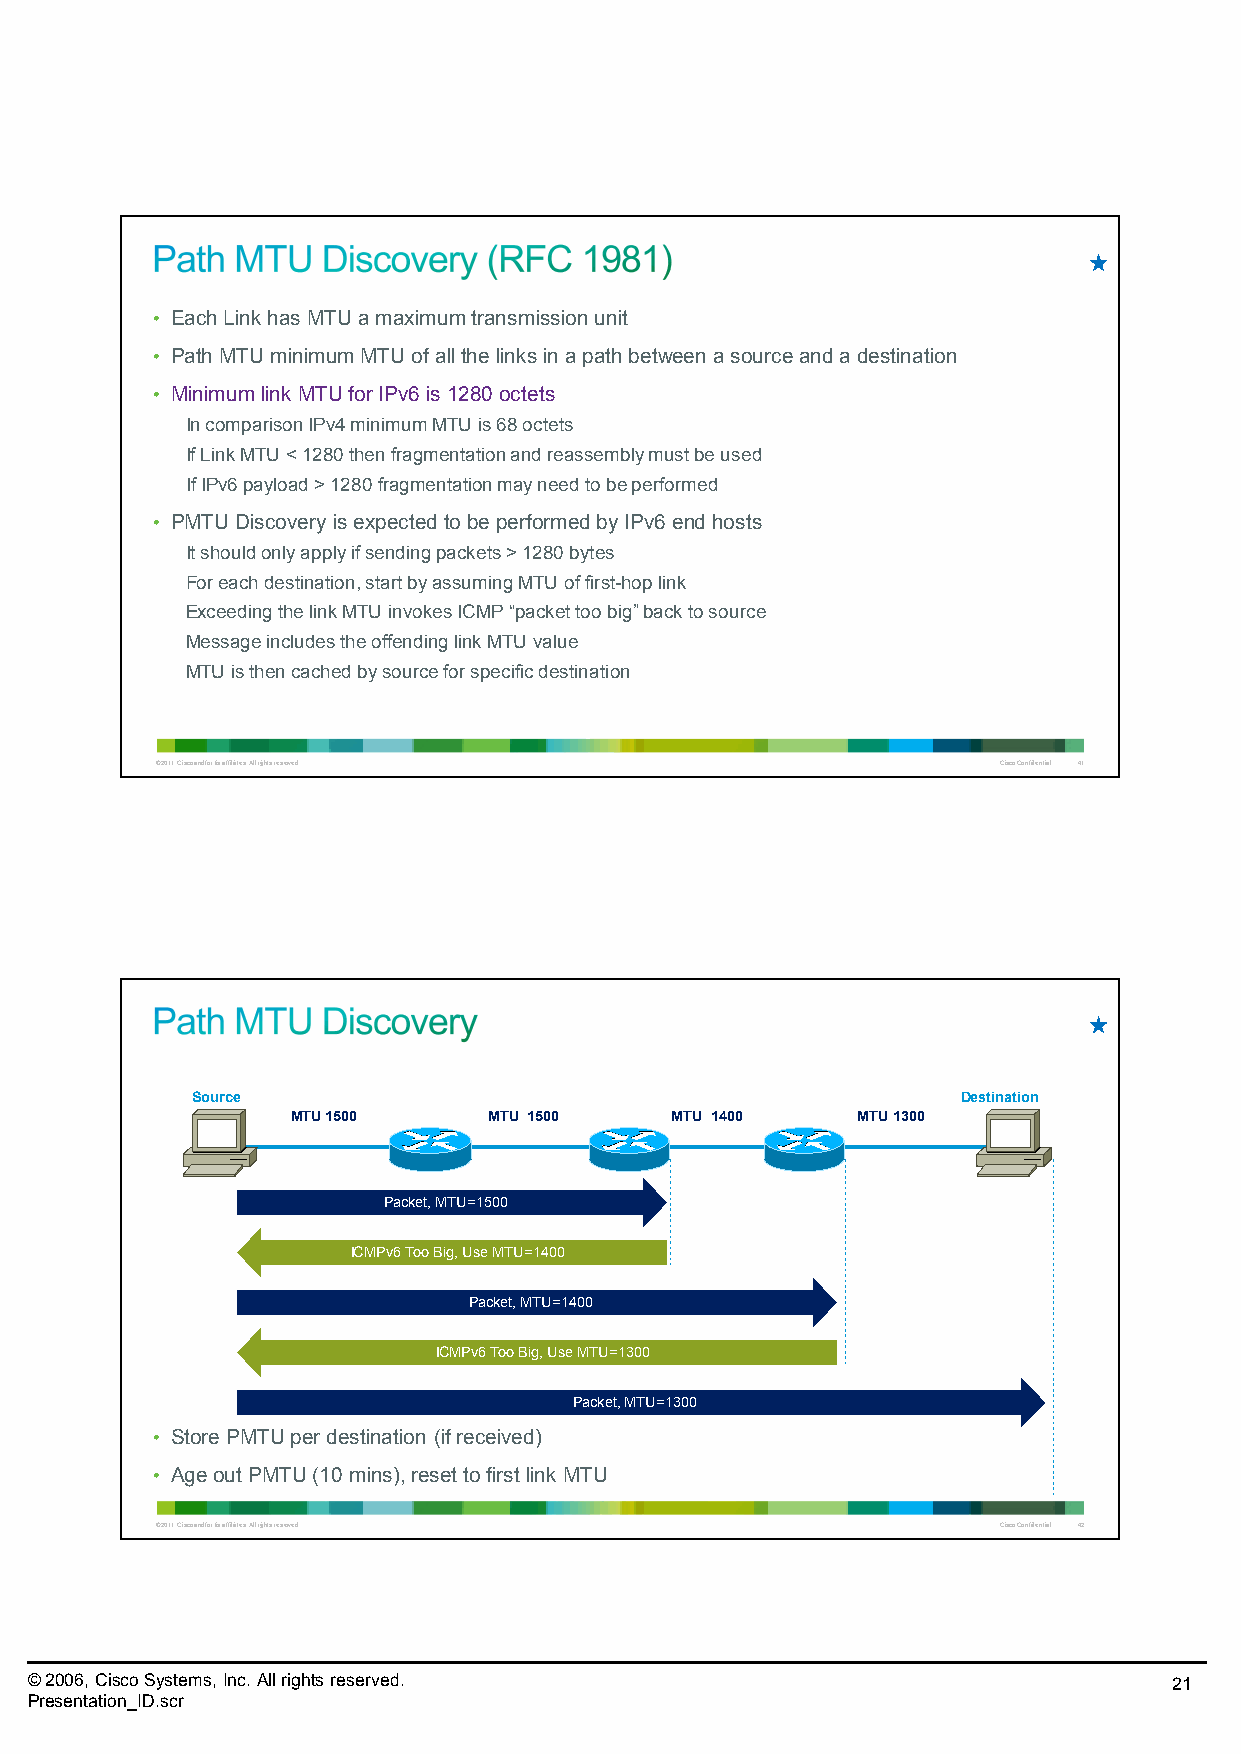
• Each Link has MTU a maximum transmission unit
 • Path MTU minimum MTU of all the links in a path between a source and a destination
 • Minimum link MTU for IPv6 is 1280 octets
 In comparison IPv4 minimum MTU is 68 octets
 If Link MTU < 1280 then fragmentation and reassembly must be used
 If IPv6 payload > 1280 fragmentation may need to be performed
 • PMTUDiscovery is expected to be performed by IPv6 end hosts
 It should only apply if sending packets > 1280 bytes
 For each destination, start by assuming MTU of first-hop link
 Exceeding the link MTU invokes ICMP“packet too big” back to source
 Message includes the offending link MTU value
 MTU is then cached by source for specific destination
 © 2011 Cisco and/or its affiliates. All rights reserved. Cisco Confidential 41
 Source                                             Destination
 MTU 1500     MTU 1500    MTU 1400     MTU 1300
 Packet, MTU=1500
 ICMPv6Too Big, UseMTU=1400
 Packet, MTU=1400
 ICMPv6Too Big, UseMTU=1300
 Packet, MTU=1300
 • Store PMTUper destination (if received)
 • Age out PMTU(10 mins), reset to first link MTU
 © 2011 Cisco and/or its affiliates. All rights reserved. Cisco Confidential 42
 © 2006, Cisco Systems, Inc. All rights reserved.                            21
 Presentation_ID.scr